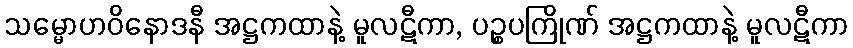
သမ္မောဟဝိနောဒနီ အဋ္ဌကထာနဲ့ မူလဋီကာ, ပဉ္စပကြိုဏ် အဋ္ဌကထာနဲ့ မူလဋီကာ